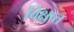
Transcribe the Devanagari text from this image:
विक्षप्त